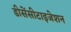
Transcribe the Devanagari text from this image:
डीसेंसीटाइजेशन